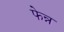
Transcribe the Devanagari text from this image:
फेन्न